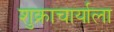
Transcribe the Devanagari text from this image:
शुक्राचार्याला